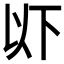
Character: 𫠪